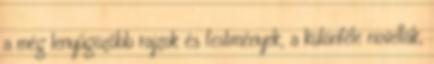
a még lenyűgözőbb rajzok és festmények, a különféle novellák,